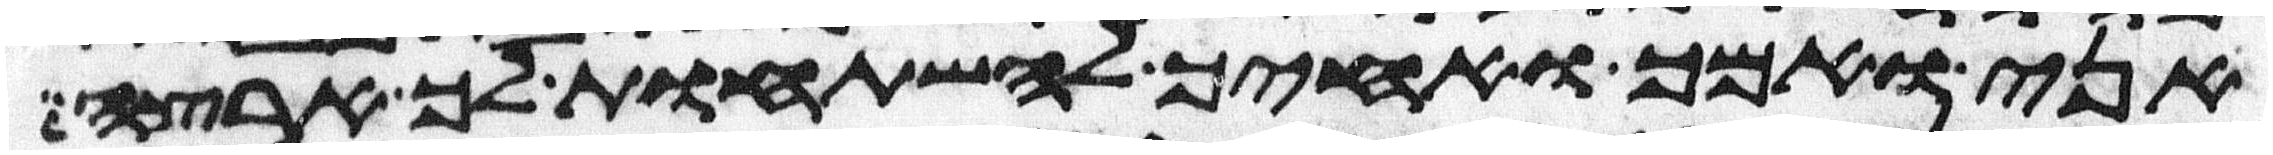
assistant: אני ואמך ואחיך להשתחות לך ארצה